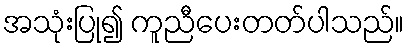
အသုံးပြု၍ ကူညီပေးတတ်ပါသည်။